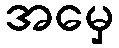
အမှေ